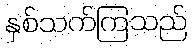
နှစ်သက်ကြသည်